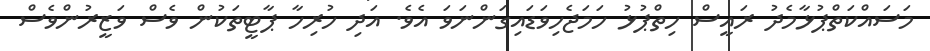
މަސައްކަތްޕުޅާމެދު ރައީސް ހިތްޕުޅު ހަމަޖެހިވަޑައިގަންނަވަ އެވެ. އަދި ހުރިހާ ޕާޓީތަކުން ވެސް ވަޒީރުންވެސް